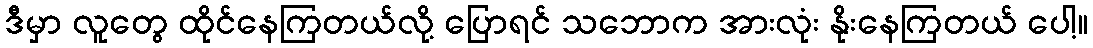
ဒီမှာ လူတွေ ထိုင်နေကြတယ်လို့ ပြောရင် သဘောက အားလုံး နိုးနေကြတယ် ပေါ့။